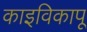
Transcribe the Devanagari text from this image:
काइविकापू